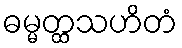
ဓမ္မတ္ထသဟိတံ